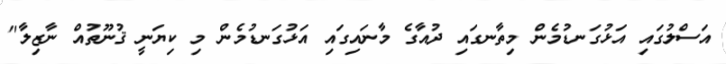
އަސްލުގައި އަޅުގަނޑުމެން މިތާނގައި ދުއާގެ މާނައިގައި އަޅުގަނޑުމެން މި ކިޔަނީ ޤުނޫތުއް ނާޒިލާ"